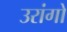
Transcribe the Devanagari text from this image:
उरांगो